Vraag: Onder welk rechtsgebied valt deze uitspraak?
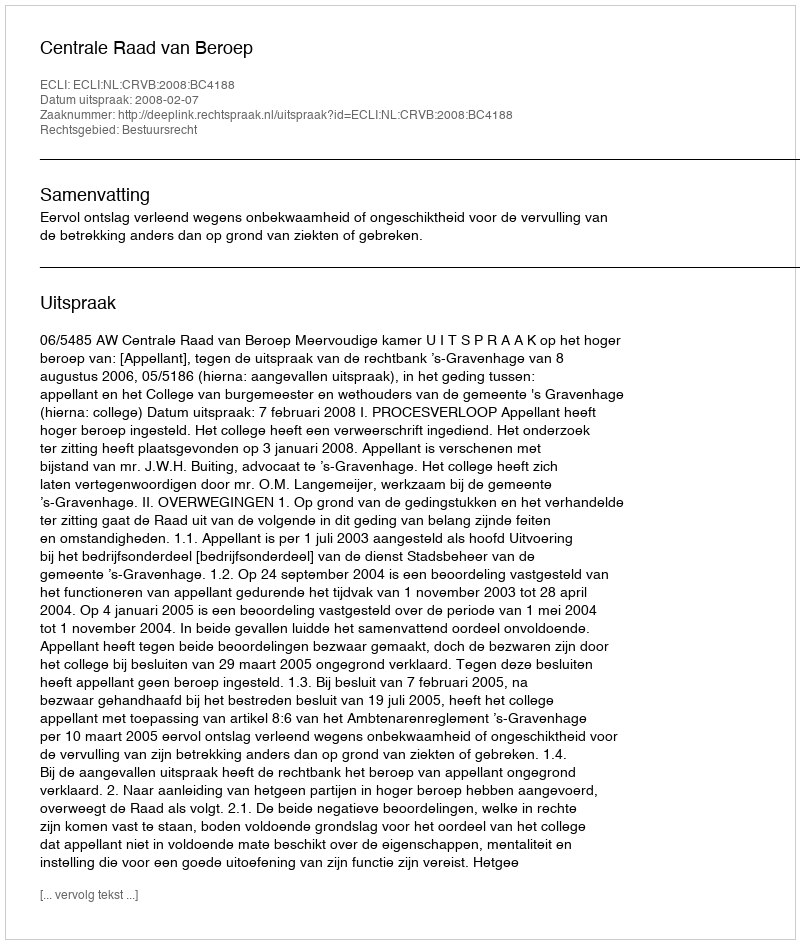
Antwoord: Bestuursrecht